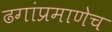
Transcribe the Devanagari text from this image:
ढगांप्रमाणेच